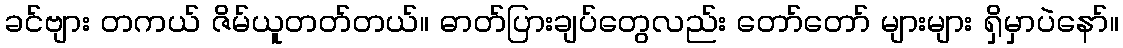
ခင်ဗျား တကယ် ဇိမ်ယူတတ်တယ်။ ဓာတ်ပြားချပ်တွေလည်း တော်တော် များများ ရှိမှာပဲနော်။